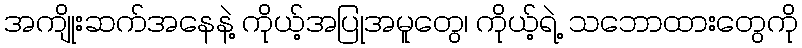
အကျိုးဆက်အနေနဲ့ ကိုယ့်အပြုအမူတွေ၊ ကိုယ့်ရဲ့ သဘောထားတွေကို